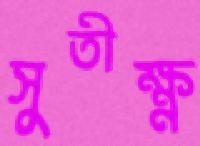
সুতীক্ষ্ণ